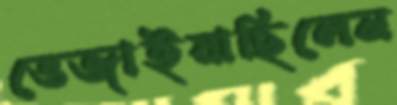
ভেজাইয়াছিলেন